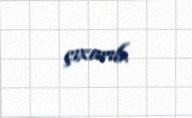
çıxarıb.